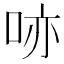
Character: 𠲔